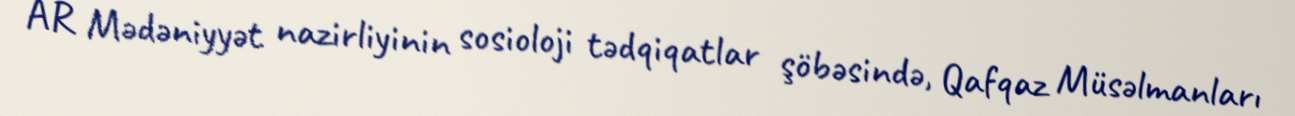
AR Mədəniyyət nazirliyinin sosioloji tədqiqatlar şöbəsində, Qafqaz Müsəlmanları